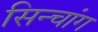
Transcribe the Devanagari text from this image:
सिन्चांग